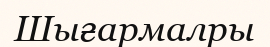
Шығармалры